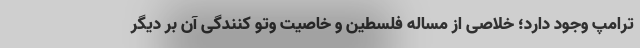
ترامپ وجود دارد؛ خلاصی از مساله فلسطین و خاصیت وتو کنندگی آن بر دیگر